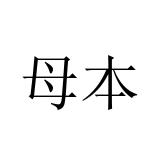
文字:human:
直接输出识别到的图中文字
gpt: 母本